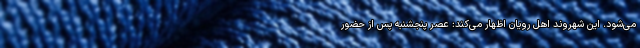
می‌شود. این شهروند اهل رویان اظهار می‌کند: عصر پنجشنبه پس از حضور